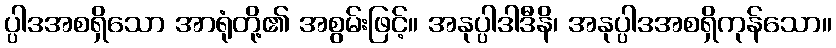
ပ္ပါဒအစရှိသော အာရုံတို့၏ အစွမ်းဖြင့်။ အနုပ္ပါဒါဒီနိ၊ အနုပ္ပါဒအစရှိကုန်သော။